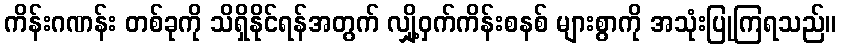
ကိန်းဂဏန်း တစ်ခုကို သိရှိနိုင်ရန်အတွက် လျှို့ဝှက်ကိန်းစနစ် များစွာကို အသုံးပြုကြရသည်။